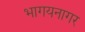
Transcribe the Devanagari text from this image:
भागयनागर